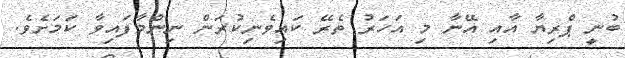
ބުނީ ޕްރިޔާ އާއި އޭނާ މި އަހަރު ތެރޭ ކައިވެނިކުރަން ނިންމާފައިވާ ކަމަށެވެ.